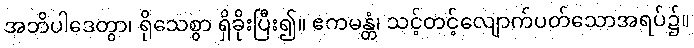
အဘိပါဒေတွာ၊ ရိုသေစွာ ရှိခိုးပြီး၍။ ဧကမန္တံ၊ သင့်တင့်လျောက်ပတ်သောအရပ်၌။